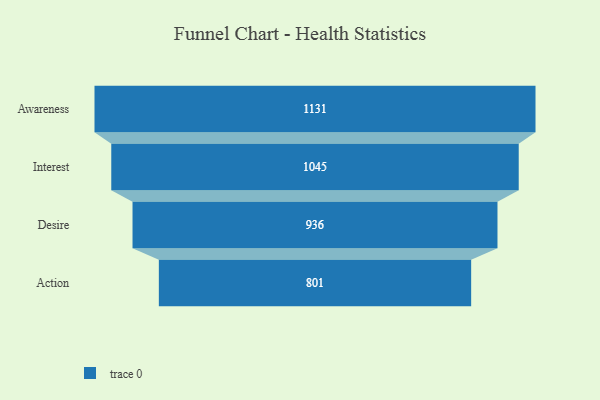
{"axis": {"x": "Stage", "y": "Value"}, "legend": [""], "data": [{"x": "Awareness", "y": 1131.0, "type": ""}, {"x": "Interest", "y": 1045.0, "type": ""}, {"x": "Desire", "y": 936.0, "type": ""}, {"x": "Action", "y": 801.0, "type": ""}]}